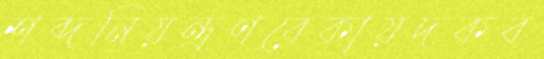
শব্দনিয়ন্ত্রণবেকায়দকব